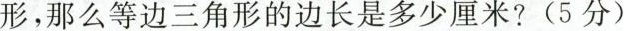
形，那么等边三角形的边长是多少厘米?(5分)